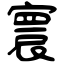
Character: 寰